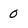
Character: 0